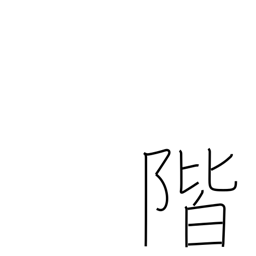
Meaning: stair